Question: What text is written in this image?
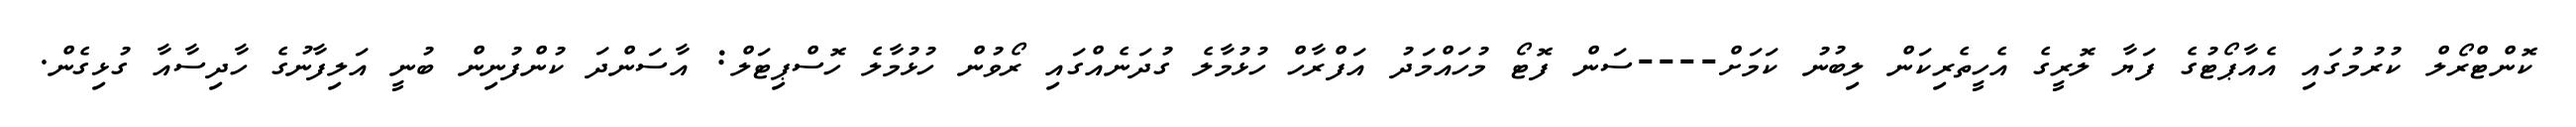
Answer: ކޮންޓްރޯލް ކުރުމުގައި އެއާޕޯޓުގެ ފަޔާ ލޮރީގެ އެހީތެރިކަން ލިބުނު ކަމަށް----ސަން ފޮޓޯ މުހައްމަދު އަފްރާހް ހުޅުމާލެ ގުދަނެއްގައި ރޯވުން ހުޅުމާލެ ހޮސްޕިޓަލް: އާސަންދަ ކުންފުނިން ބުނީ އަލިފާނުގެ ހާދިސާއާ ގުޅިގެން.